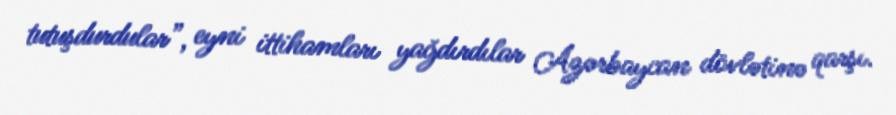
tutuşdurdular”, eyni ittihamları yağdırdılar Azərbaycan dövlətinə qarşı.